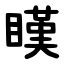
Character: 䁧